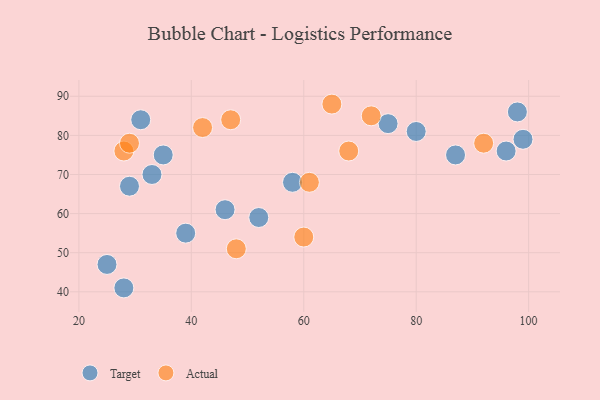
{"axis": {"x": "GDP", "y": "Life Expectancy"}, "legend": ["Actual", "Target"], "data": [{"x": "39", "y": 55, "type": "Target"}, {"x": "80", "y": 81, "type": "Target"}, {"x": "25", "y": 47, "type": "Target"}, {"x": "75", "y": 83, "type": "Target"}, {"x": "29", "y": 67, "type": "Target"}, {"x": "46", "y": 61, "type": "Target"}, {"x": "99", "y": 79, "type": "Target"}, {"x": "52", "y": 59, "type": "Target"}, {"x": "33", "y": 70, "type": "Target"}, {"x": "96", "y": 76, "type": "Target"}, {"x": "98", "y": 86, "type": "Target"}, {"x": "87", "y": 75, "type": "Target"}, {"x": "35", "y": 75, "type": "Target"}, {"x": "28", "y": 41, "type": "Target"}, {"x": "31", "y": 84, "type": "Target"}, {"x": "58", "y": 68, "type": "Target"}, {"x": "42", "y": 82, "type": "Actual"}, {"x": "28", "y": 76, "type": "Actual"}, {"x": "72", "y": 85, "type": "Actual"}, {"x": "29", "y": 78, "type": "Actual"}, {"x": "48", "y": 51, "type": "Actual"}, {"x": "47", "y": 84, "type": "Actual"}, {"x": "61", "y": 68, "type": "Actual"}, {"x": "92", "y": 78, "type": "Actual"}, {"x": "65", "y": 88, "type": "Actual"}, {"x": "68", "y": 76, "type": "Actual"}, {"x": "60", "y": 54, "type": "Actual"}]}